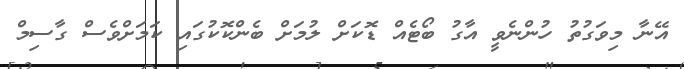
އޭނާ މިވަގުތު ހުންނެވީ އާގު ބޯޓެއް ޑޮކަށް ލުމަށް ބެންކޮކުގައި ކަމަށްވެސް ގާސިމް